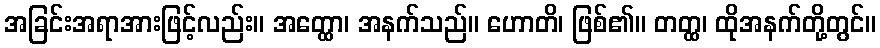
အခြင်းအရာအားဖြင့်လည်း။ အတ္ထော၊ အနက်သည်။ ဟောတိ၊ ဖြစ်၏။ တတ္ထ၊ ထိုအနက်တို့တွင်။